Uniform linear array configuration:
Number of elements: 16
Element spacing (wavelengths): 0.5
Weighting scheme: hann
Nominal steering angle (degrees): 60
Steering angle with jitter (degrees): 59.528
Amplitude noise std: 0.05
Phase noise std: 0.05

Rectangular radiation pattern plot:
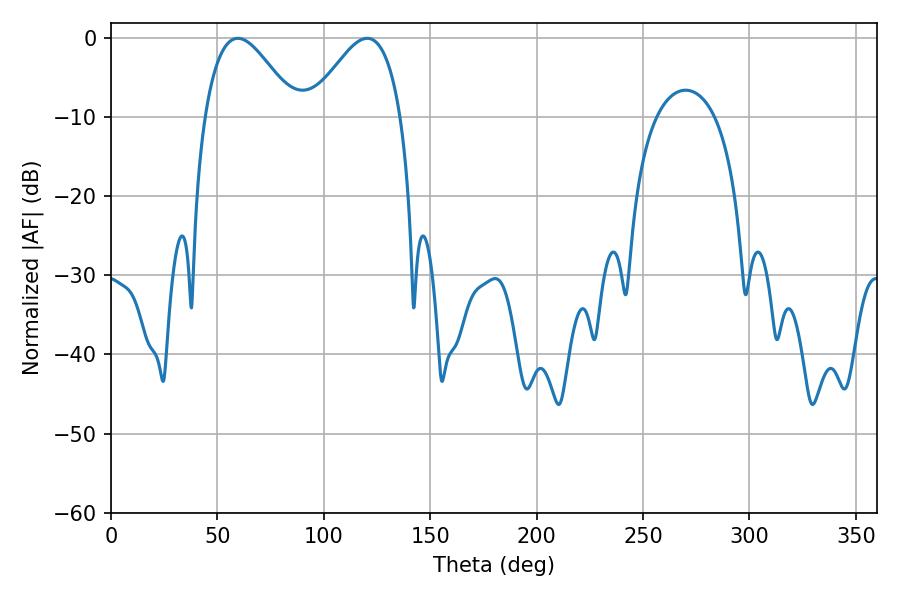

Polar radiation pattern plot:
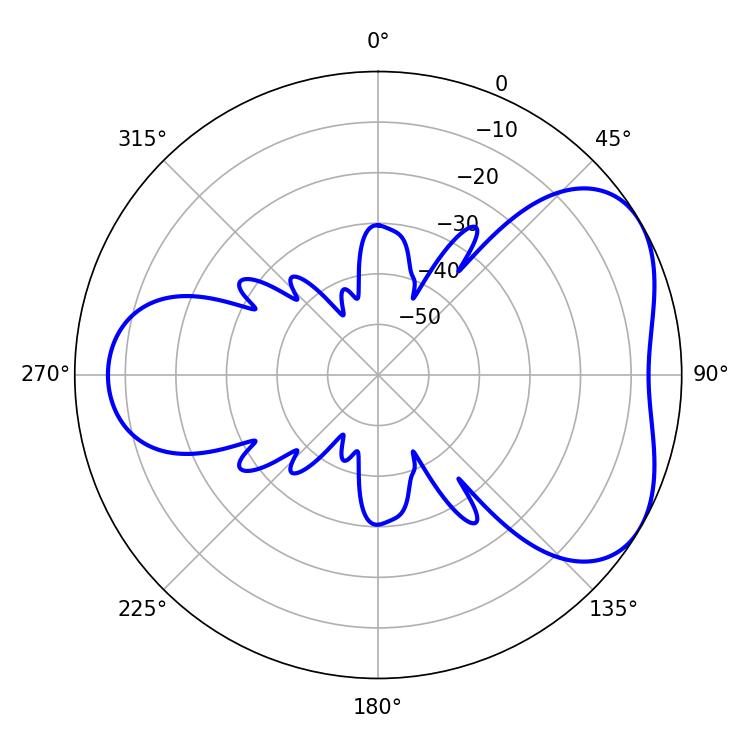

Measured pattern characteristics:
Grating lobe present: FALSE
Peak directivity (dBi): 4.622
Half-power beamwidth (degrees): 23.04
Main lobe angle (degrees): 59.58